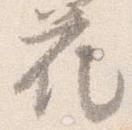
花